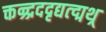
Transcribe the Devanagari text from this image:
क्तन्र्द्रददृद्यत्द्मथ्र्